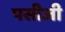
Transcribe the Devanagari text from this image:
पसीजी